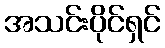
အသင်းပိုင်ရှင်